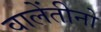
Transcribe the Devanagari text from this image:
वालेंतीनो